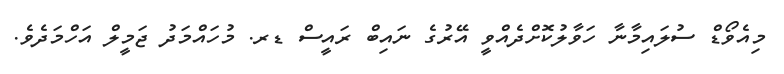
މިއެވޯޑް ސުލައިމާނާ ހަވާލުކޮށްދެއްވީ އޭރުގެ ނައިބް ރައީސް ޑރ. މުހައްމަދު ޖަމީލް އަހްމަދެވެ.